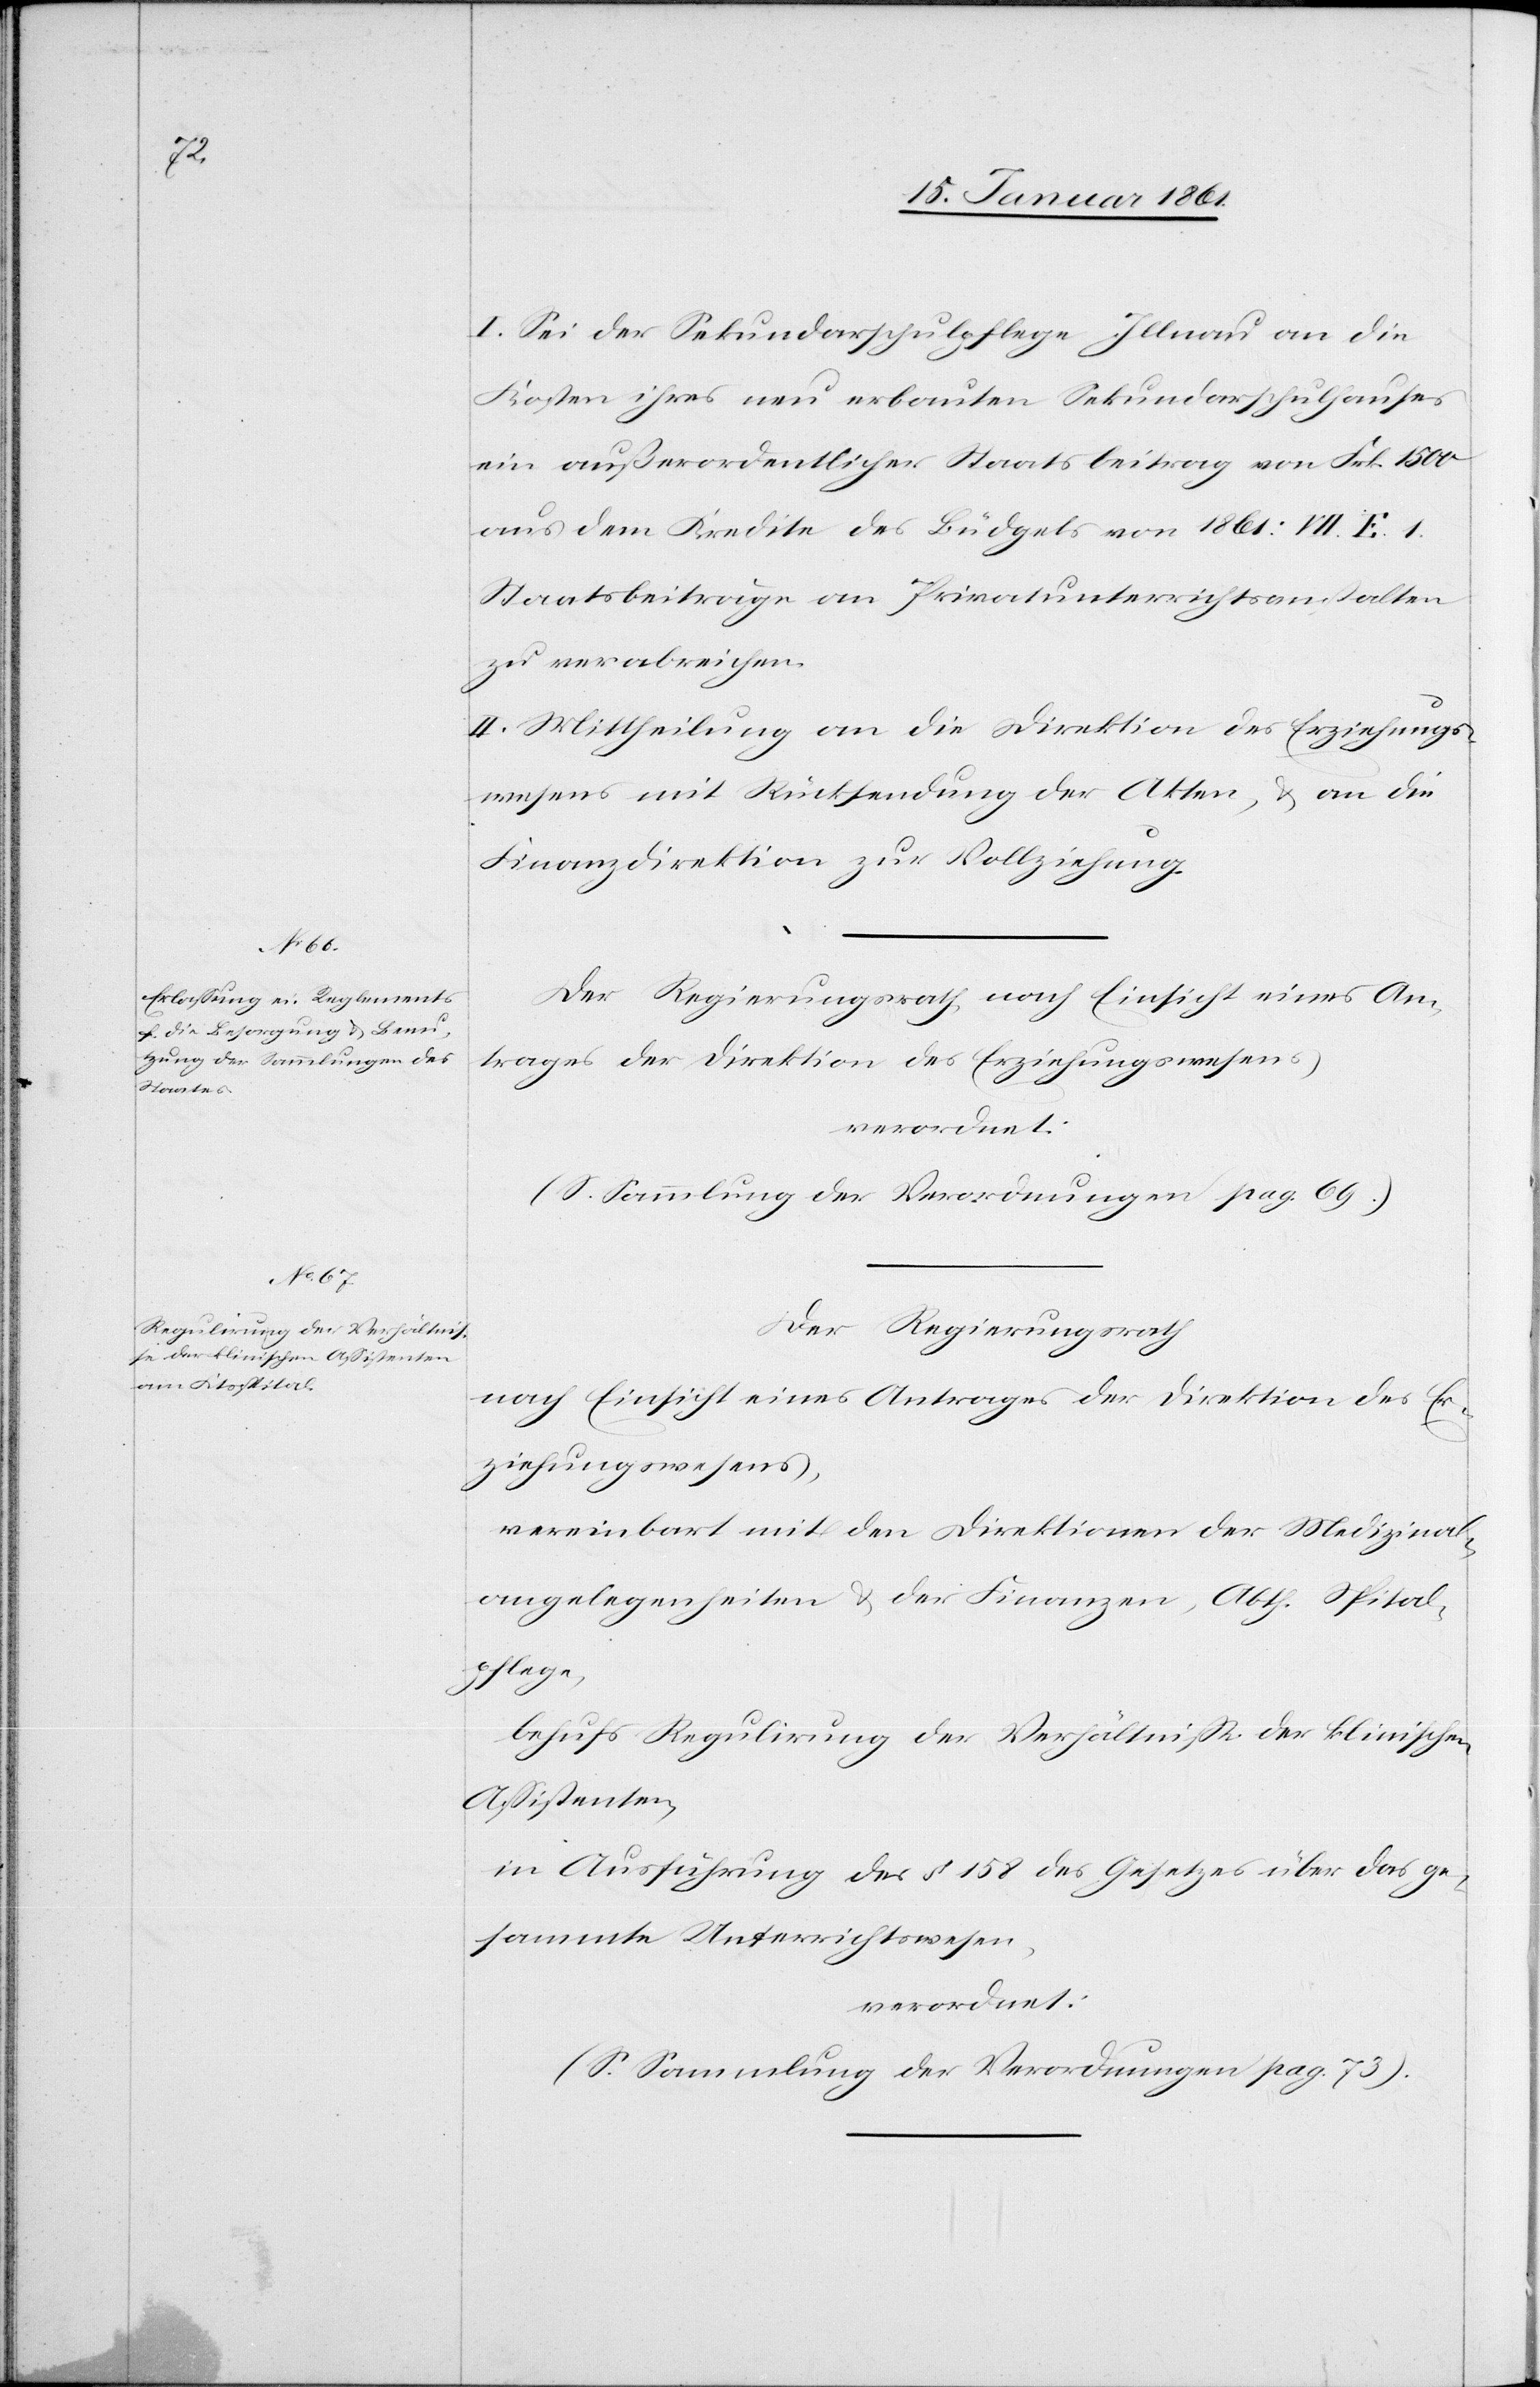
I. Sei der Sekundarschulpflege Illnau an die
Kosten ihres neu erbauten Sekundarschulhauses
ein außerordentlicher Staatsbeitrag von Frk. 1500
aus dem Kredite des Büdgets von 1861: VII E. 1
Staatsbeiträge an Privatunterrichtsanstalten
zu verabreichen.
II. Mittheilung an die Direktion des Erziehungs¬
wesens mit Rücksendung der Akten, u. an die
Finanzdirektion zur Vollziehung.
Der Regierungsrath, nach Einsicht eines An¬
trages der Direktion des Erziehungswesens,
verordnet:
(S. Sammlung der Verordnungen pag. 69.)
Der Regierungsrath,
nach Einsicht eines Antrages der Direktion des Er¬
ziehungswesens,
vereinbart mit den Direktionen der Medizinal¬
angelegenheiten u. der Finanzen, Abth. Spital¬
pflege,
behufs Regulirung der Verhältnisse der klinischen
Assistenten,
in Ausführung des §. 158 des Gesetzes über das ge¬
sammte Unterrichtswesen,
verordnet:
(S. Sammlung der Verordnungen pag. 73)